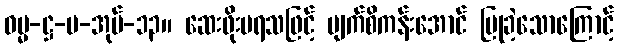
ဓမ္မ-ဋ္ဌ-ပ-အုပ်-၁၃။ ဆေးဖိုးမရသဖြင့် မျက်စိကန်းအောင် ပြုခဲ့သောကြောင့်